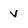
Character: V